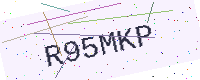
Text: R95MKP